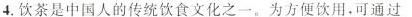
4.饮茶是中国人的传统饮食文化之一。为方便饮用，可通过